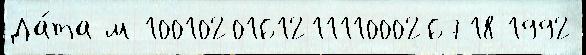
Да́та м 10010201612111100026718 1992